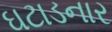
ઘટાડનાર